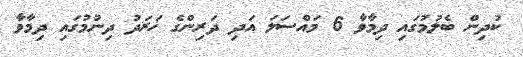
ކުދިން ބެލުމުގައި ދިމާވާ 6 މައްސަލަ އަދި ދަރިންގެ ޚަރަދު ދިނުމުގައި ދިމާވާ